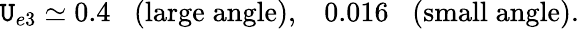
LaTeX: \mathtt{U}_{e3}\simeq0.4\; \; \; (\mathrm{{large\; angle}}),\; \; \; 0.016\; \; \; (\mathrm{{small\; angle}}).